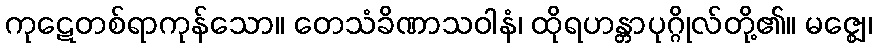
ကုဋေတစ်ရာကုန်သော။ တေသံခိဏာသဝါနံ၊ ထိုရဟန္တာပုဂ္ဂိုလ်တို့၏။ မဇ္ဈေ၊